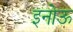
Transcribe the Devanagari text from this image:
इनोऊ